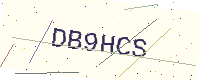
Text: DB9HCS